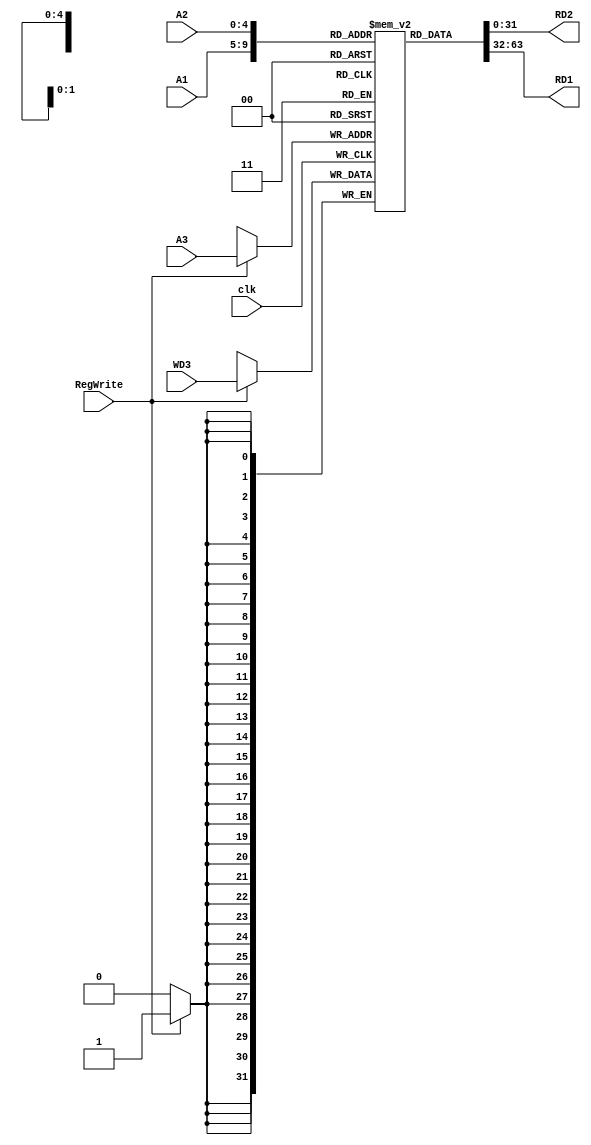
/*
    This is the register file where registers are written to or read. The register file always outputs the two read registers,
    which are specified by the 5 bit input addresses A1 and A2. Depending on the RegWrite signal, the register specified by A3
    could have the 32-bit input WD3 written to it.
*/
module Reg_File (
    input               clk,
    input       [4:0]   A1,
    input       [4:0]   A2,
    input       [4:0]   A3,

    input               RegWrite,
    input       [31:0]  WD3,
    output      [31:0]  RD2,
    output      [31:0]  RD1

);
    // lw : load word instr [op(6bit) rs(5bit) rd(5bit) imm(16bit)]

    reg [31:0]  ROM [31:0];
    initial begin
        ROM[0] <= 32'b0;
        ROM[1] <= 32'b0;
        ROM[2] <= 32'b0;
        ROM[3] <= 32'b0;
        ROM[4] <= 32'b0;
        ROM[5] <= 32'b0;
        ROM[6] <= 32'b0;
        ROM[7] <= 32'b0;
        ROM[8] <= 32'b0;
        ROM[9] <= 32'b0;
        ROM[10] <= 32'b0;
        ROM[11] <= 32'b0;
        ROM[12] <= 32'b0;
        ROM[13] <= 32'b0;
        ROM[14] <= 32'b0;
        ROM[15] <= 32'b0;
    end


    assign RD1 = ROM[A1];
    assign RD2 = ROM[A2];
    // RegWrite is set to 1 when lw Instr is executed
    always @(posedge clk) begin
        if (RegWrite) begin
            // load word
            ROM[A3] <= WD3;
        end
    end
endmodule